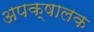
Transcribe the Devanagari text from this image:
अपक्षालक